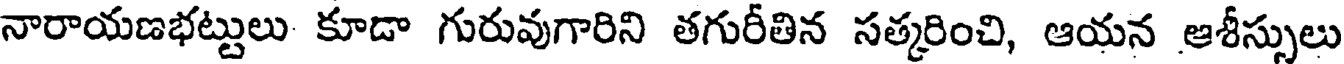
నారాయణభట్టులు కూడా గురువుగారిని తగురీతిన సత్కరించి, ఆయన ఆశీస్సులు